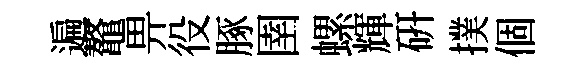
遍鼇畀役䐁圉螺輝研撲個